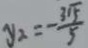
y _ { 2 } = - \frac { 3 \sqrt { 5 } } { 5 }